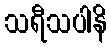
သရီသပါနိ